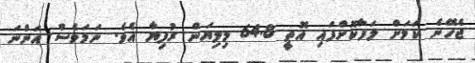
ޖެހޭނެ ކަމަށް ލަފާކޮށްފައި އޮތީ 64.8 މިލިޔަން ރުފިޔާ އެވެ. ނަމަވެސް އަންނަ